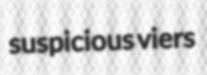
suspicious viers